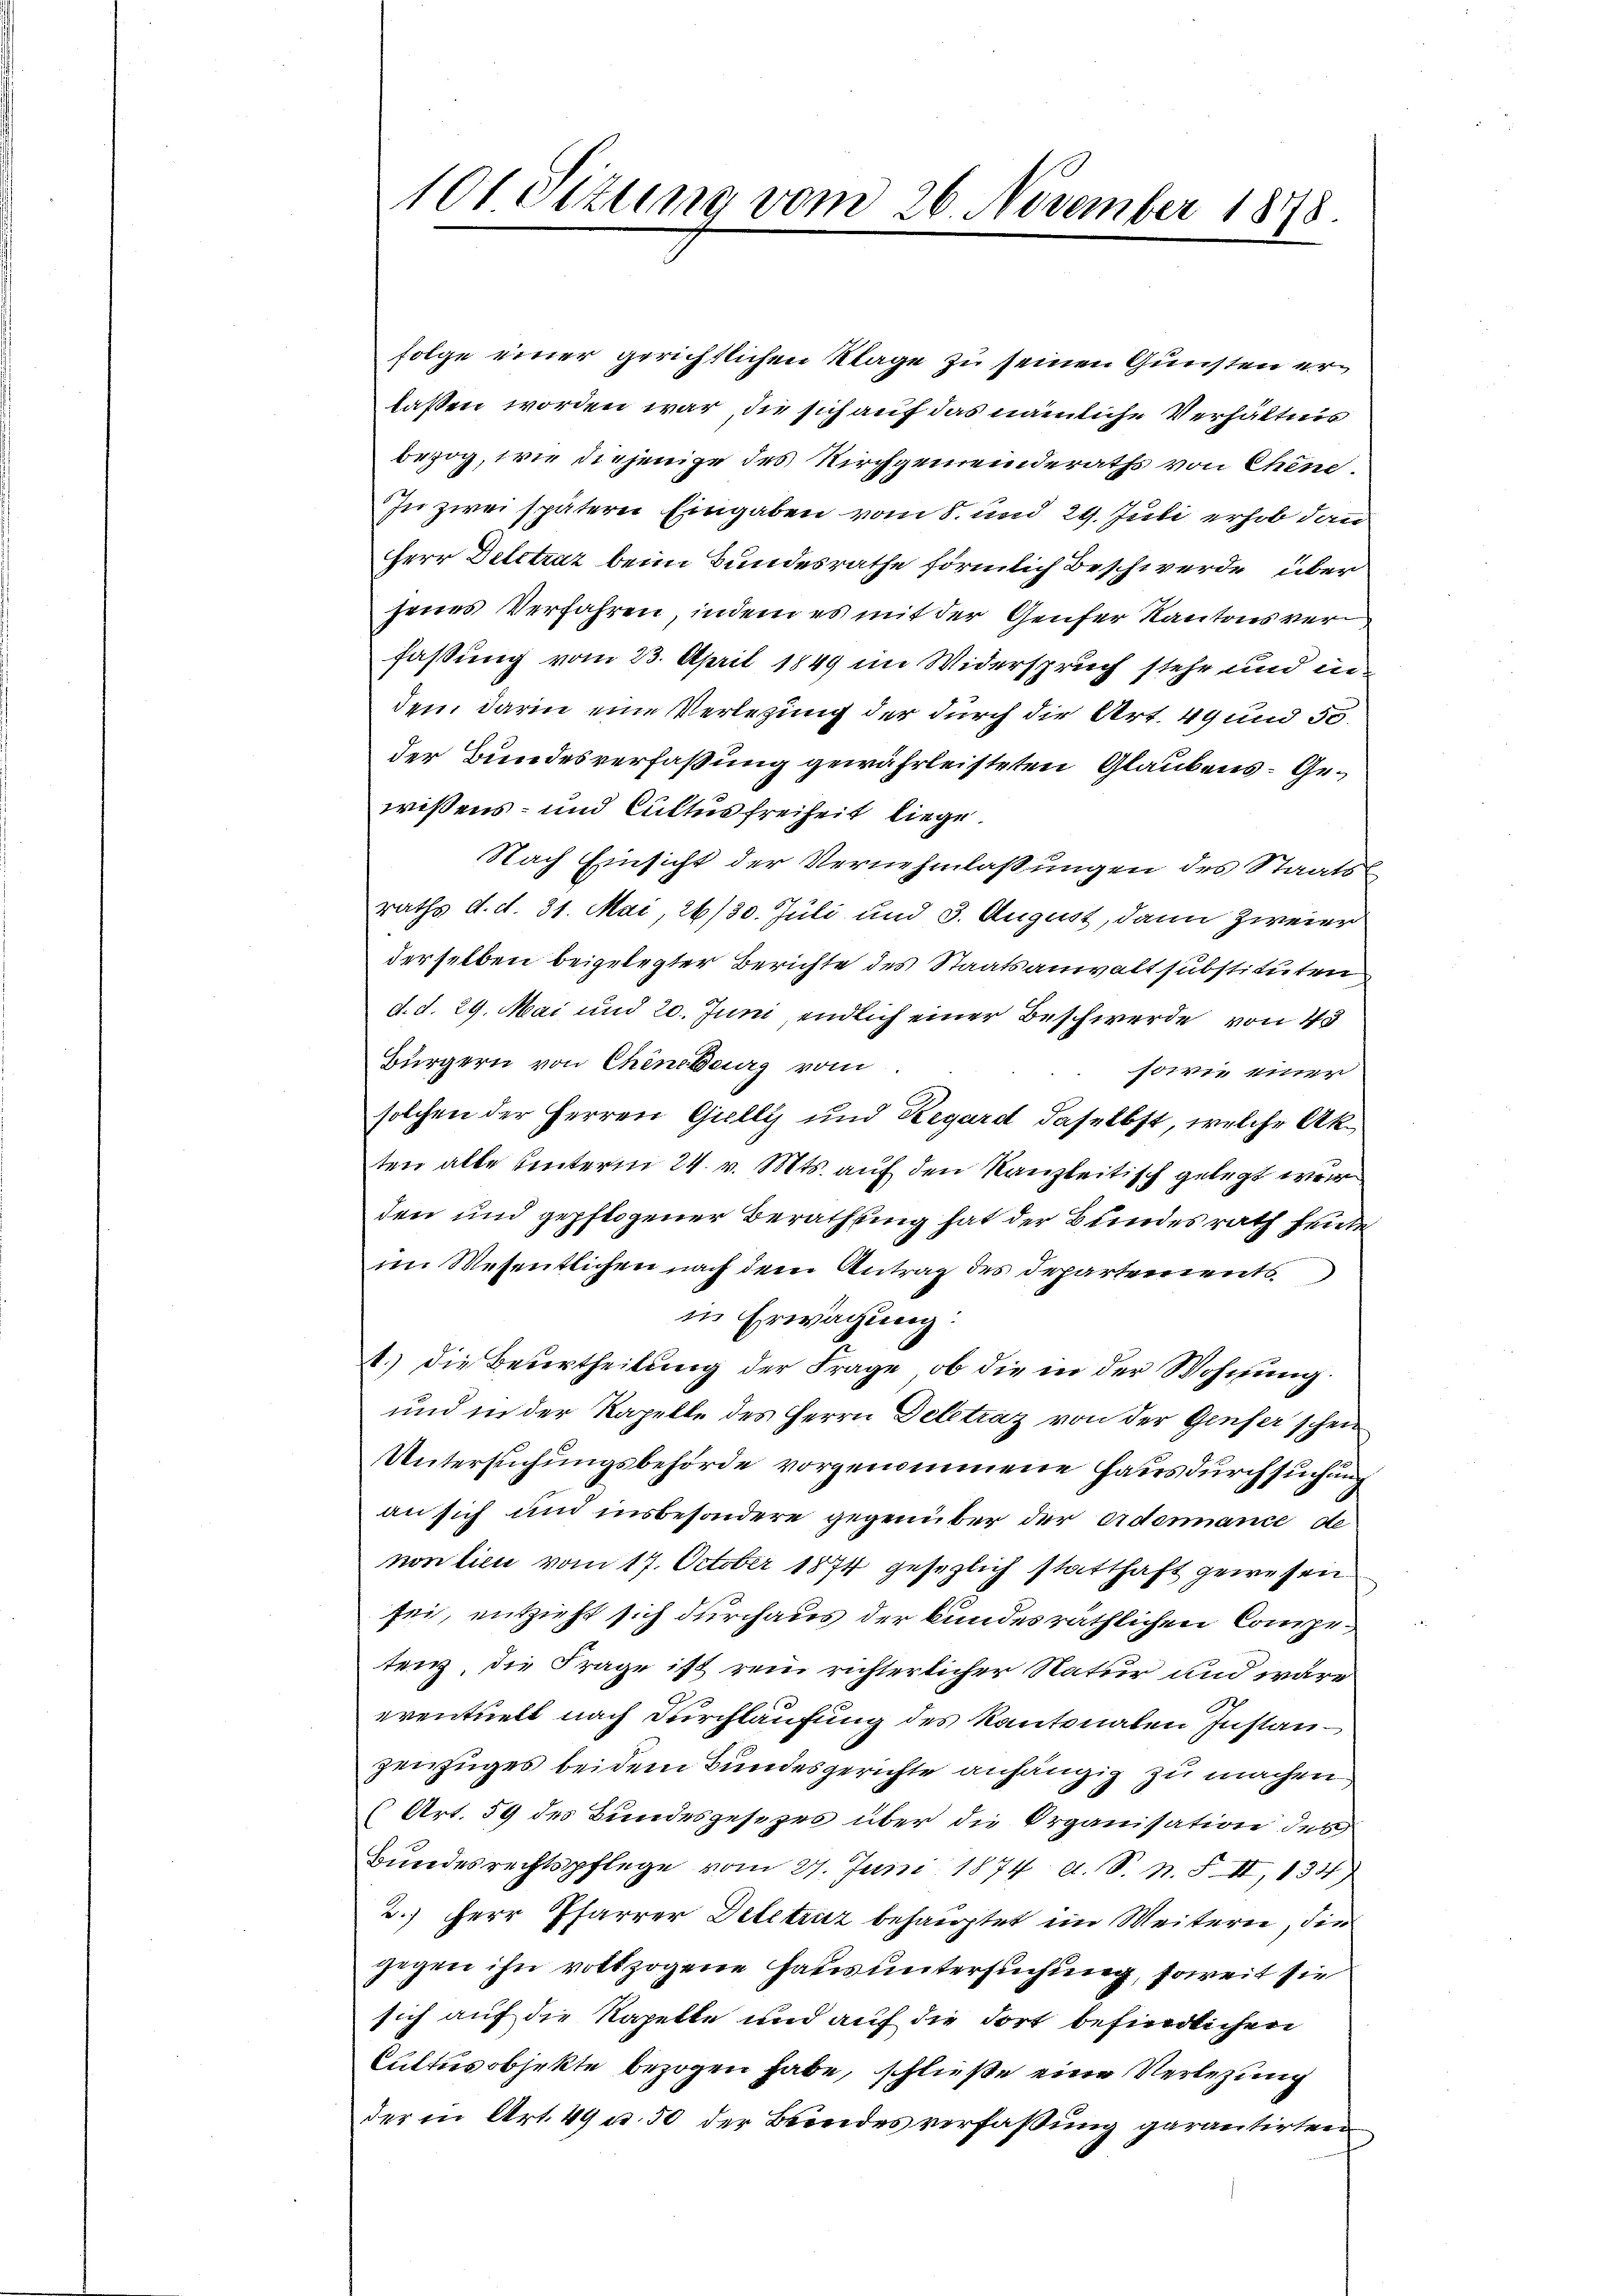
101 Sitzung vom 26. November 1878.

folge einer gerichtlichen Klage zu seinen Gunsten erlassen worden war, die sich auf das nämliche Verhältnis
bezog, wie diejenige des Kirchgemeinderaths von Chene
In zwei späterer Eingaben vom 8. und 29. Juli erhob dann
Herr Delitzar beim Bundesrathe förmlich Beschwerde über
senes Verfahren, indem es mit der Genfer Kantons verfassung vom 23. April 1849 im Widerspruch stehe und in
den, darin eine Verlegung der durch die Art. 49 und 50.
der Bundesverfaßung gewährleisteten Glaubens- Gewissens- und Cultus freiheit liege.
Nach Einsicht der Vernehmlassungen des Staats-
raths d. d. 31. Mai 26/30. Juli und 3. August, dann zweier
derselben beigelegter Berichte des Staatsanwalt substituten
d. d. 29. Mai und 20. Juni, endlich einer Beschwerde von 43
Bürgern von Chineburg vom
sowie einer
solchen der Herren Grelly und Regard daselbst, welche Akten alle unterm 24. v. Mts. auf den Kanzleitisch gelegt war
den und gepflogener Berathung hat der Bundesrath heute
im Wesentlichen nach dem Antrag des Departements
in Erwägung:
A.) die Beurtheilung der Frage, ob die in der Wohnung.
und in der Kapelle des Herrn Deletraz von der Genfer schein
Untersuchungsbehörde vorgenommene Hausdurchsuchung
an sich und insbesondere gegenüber der Adennance de
non tien vom 17. October 1874 gesezlich statthaft gewesen
sei, entzieht sich durchaus der bundesräthlichen Competenz, die Frage ist rein richterlicher Natur und wäre
eventuell nach Durchlaufung des Kantonalen Instanzeinzuges beidem Bundesgerichte anhängig zu machen
(Art. 59 des Bundesgesezes über die Organisation des
Bundesrechtspflege vom 27. Juni 1874 d. S. n. F. II, 134)
2.) Herr Pfarrer Detetruz behauptet ein Weitern, die
gegen ihn vottzogene Haus untersuchung, soweit sie
sich auf die Kapelle und auf die dort befindlichen
Cultusobjekte bezogen habe, schließe eine Verlegung
der in Art. 49 u. 50 der Beendes verfaßung garantirten